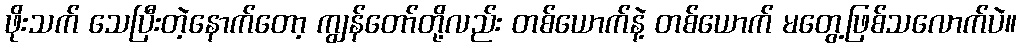
ဖိုးသက် သေပြီးတဲ့နောက်တော့ ကျွန်တော်တို့လည်း တစ်ယောက်နဲ့ တစ်ယောက် မတွေ့ဖြစ်သလောက်ပဲ။